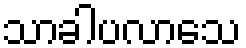
သာခါပလာသေ